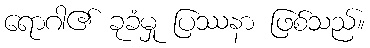
ရောဂါ၏ ခုခံမှု ပြဿနာ ဖြစ်သည်။